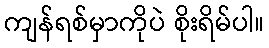
ကျန်ရစ်မှာကိုပဲ စိုးရိမ်ပါ။